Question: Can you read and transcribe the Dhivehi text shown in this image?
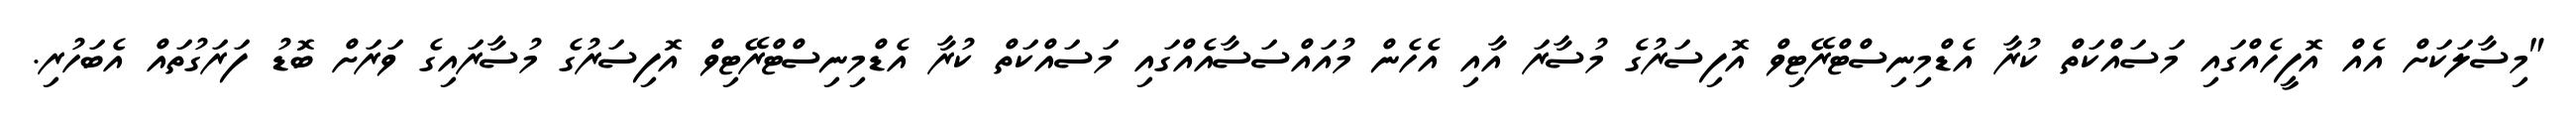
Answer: "މިސާލަކަށް އެއް އޮފީހެއްގައި މަސައްކަތް ކުރާ އެޑްމިނިސްޓްރޭޓިވް އޮފިސަރުގެ މުސާރަ އާއި އެހެން މުއައްސަސާއެއްގައި މަސައްކަތް ކުރާ އެޑްމިނިސްޓްރޭޓިވް އޮފިސަރުގެ މުސާރައިގެ ވަރަށް ބޮޑު ފަރަގުތައް އެބަހުރި.